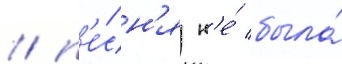
/ п'е́сн'я н'е́ была́